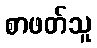
စာဖတ်သူ